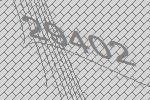
29402